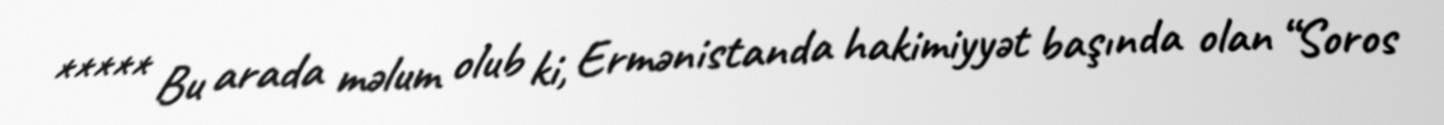
***** Bu arada məlum olub ki, Ermənistanda hakimiyyət başında olan “Soros